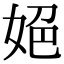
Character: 𡜆